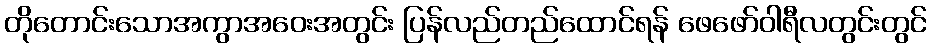
တိုတောင်းသောအကွာအဝေးအတွင်း ပြန်လည်တည်ထောင်ရန် ဖေဖော်ဝါရီလတွင်းတွင်